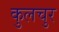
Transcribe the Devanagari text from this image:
कुलचुर